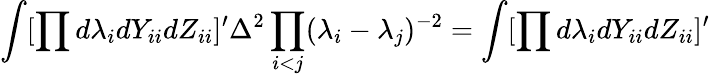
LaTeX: \int[\prod d\lambda_{i}dY_{ii}dZ_{ii}]^{\prime}\Delta^{2}\prod_{i<j}(\lambda_{i}-\lambda_{j})^{-2}=\int[\prod d\lambda_{i}dY_{ii}dZ_{ii}]^{\prime}